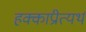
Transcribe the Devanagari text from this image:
हक्काप्रीत्यर्थ